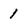
Character: 1